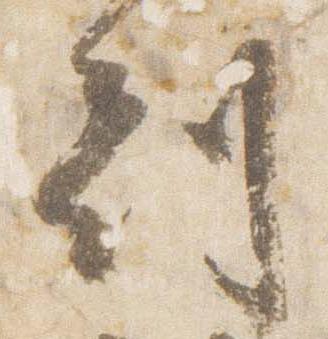
刻